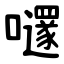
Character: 嚺